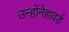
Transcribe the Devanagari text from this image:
उन्होंनेहावर्ड